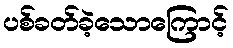
ပစ်ခတ်ခဲ့သောကြောင့်